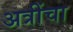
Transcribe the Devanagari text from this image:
अत्रींचा